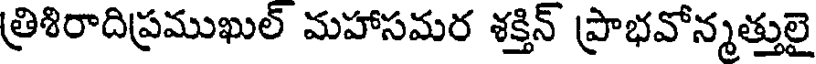
త్రిశిరాదిప్రముఖుల్ మహాసమర శక్తిన్ ప్రాభవోన్మత్తులై